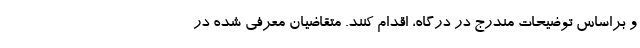
و براساس توضیحات مندرج در درگاه، اقدام کنند. متقاضیان معرفی شده در